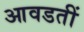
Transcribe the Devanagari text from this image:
आवडतीं